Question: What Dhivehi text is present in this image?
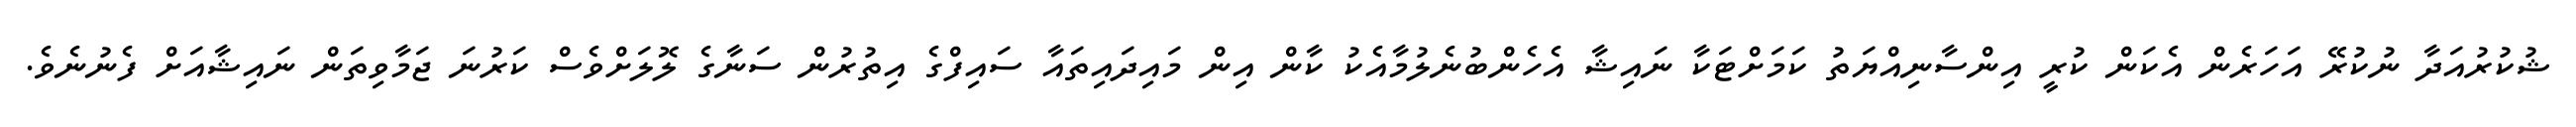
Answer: ޝުކުރުއަދާ ނުކުރޭ އަހަރެން އެކަން ކުރީ އިންސާނިއްޔަތު ކަމަށްޓަކާ ނައިޝާ އެހެންބުނެލުމާއެކު ކާން އިން މައިދައިތައާ ސައިފްގެ އިތުރުން ސަނާގެ ލޮލަށްވެސް ކަރުނަ ޖަމާވިތަން ނައިޝާއަށް ފެނުނެވެ.